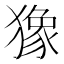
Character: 𤡸